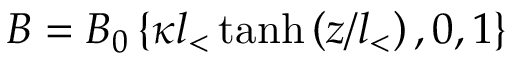
\boldsymbol { B } = B _ { 0 } \left\{ \kappa l _ { < } \, \mathrm { t a n h } \left( z / l _ { < } \right) , 0 , 1 \right\}